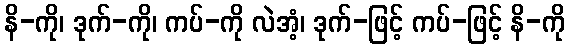
နိ-ကို၊ ဒုက်-ကို၊ ကပ်-ကို လဲအံ့၊ ဒုက်-ဖြင့် ကပ်-ဖြင့် နိ-ကို